65_HS1-834228961_62-HQ-83894_Section_5
Agency: FBI
Page 157
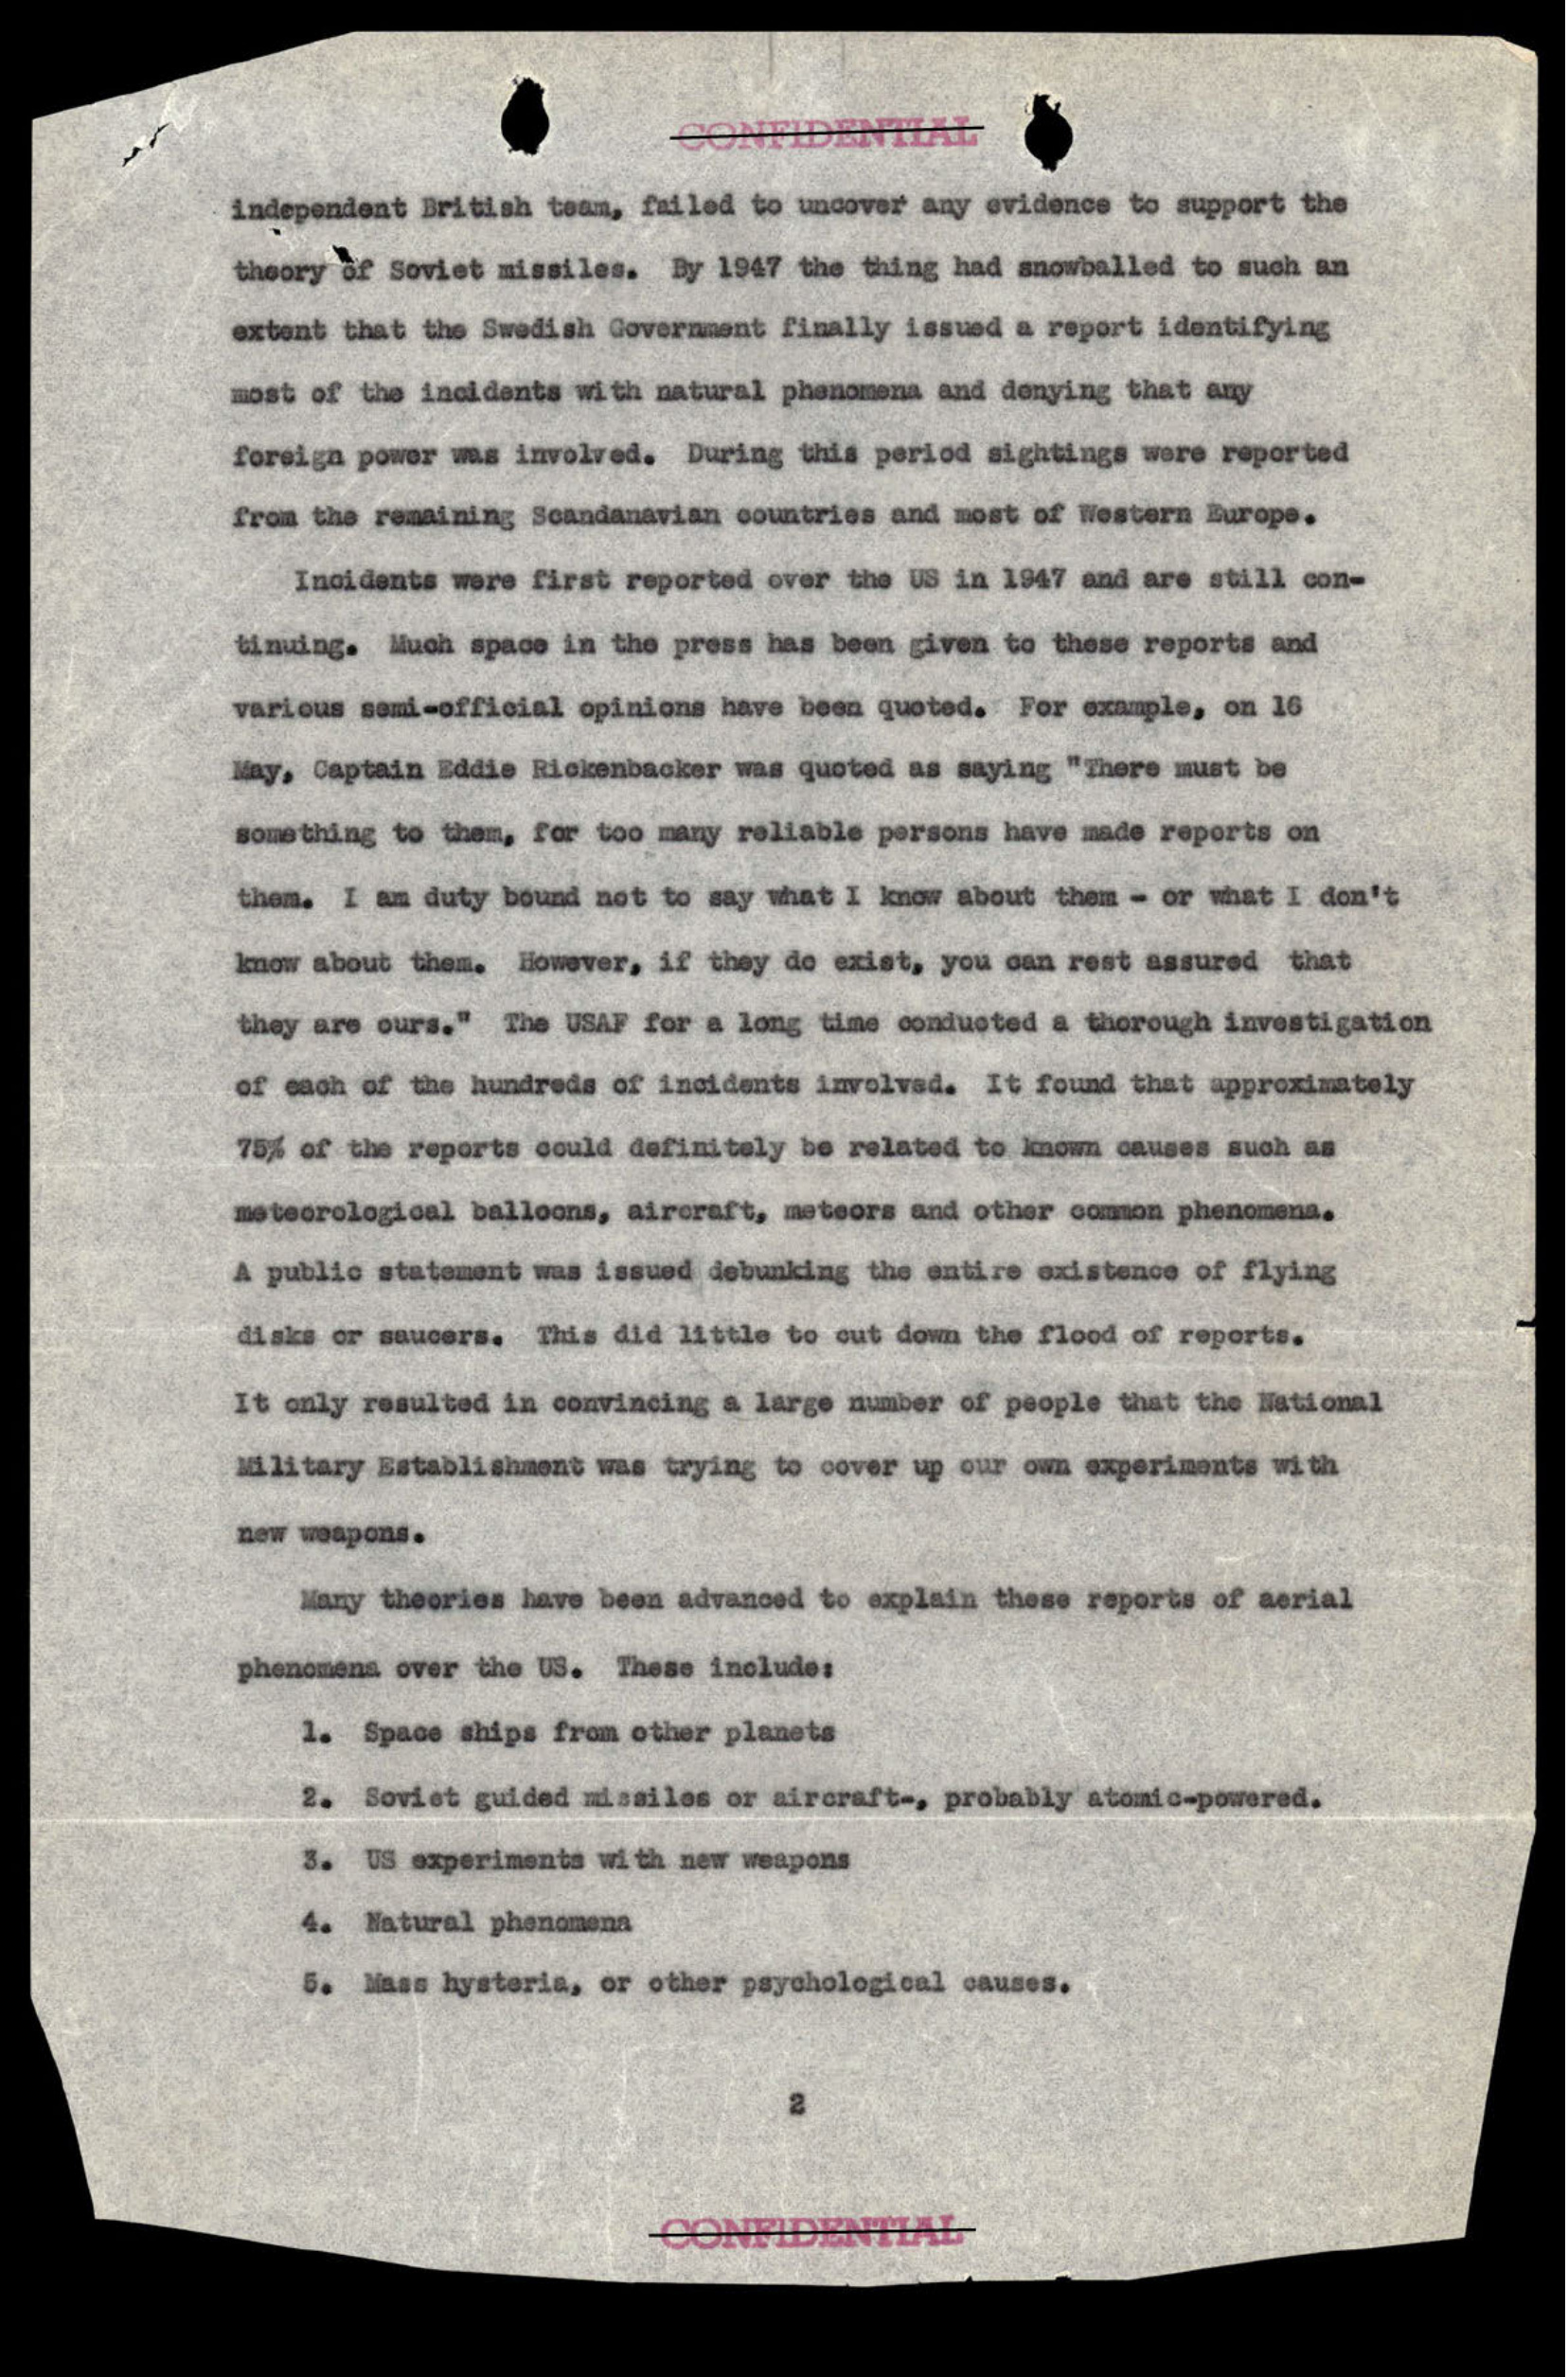